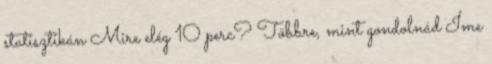
statisztikán Mire elég 10 perc? Többre, mint gondolnád Íme